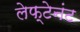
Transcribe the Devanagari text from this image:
लेफ्टेनंट